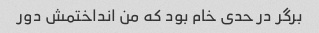
برگر در حدی خام بود که من انداختمش دور